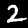
Digit: 2